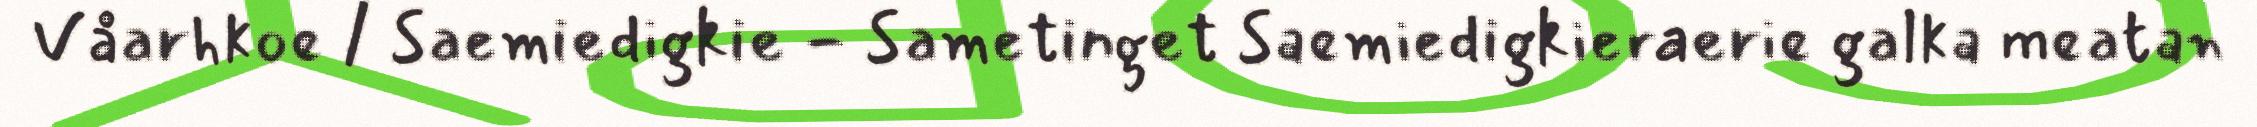
Våarhkoe / Saemiedigkie - Sametinget Saemiedigkieraerie galka meatan